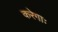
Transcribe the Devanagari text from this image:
करेगाः